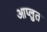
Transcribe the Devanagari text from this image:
आप्लुत